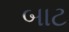
બાટ